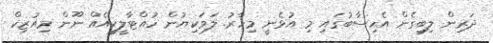
ދަރިން ލިބިގެން އެހިސާބުގައި މި އުޅެނީ މިހާރު. ލަވަކިޔުން ހުއްޓާލީކީއެއް ނޫން މިއުޒިކް